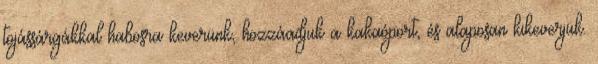
tojássárgákkal habosra keverünk, hozzáadjuk a kakaóport, és alaposan kikeverjük.